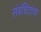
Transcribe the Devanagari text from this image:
संबंधितांचा